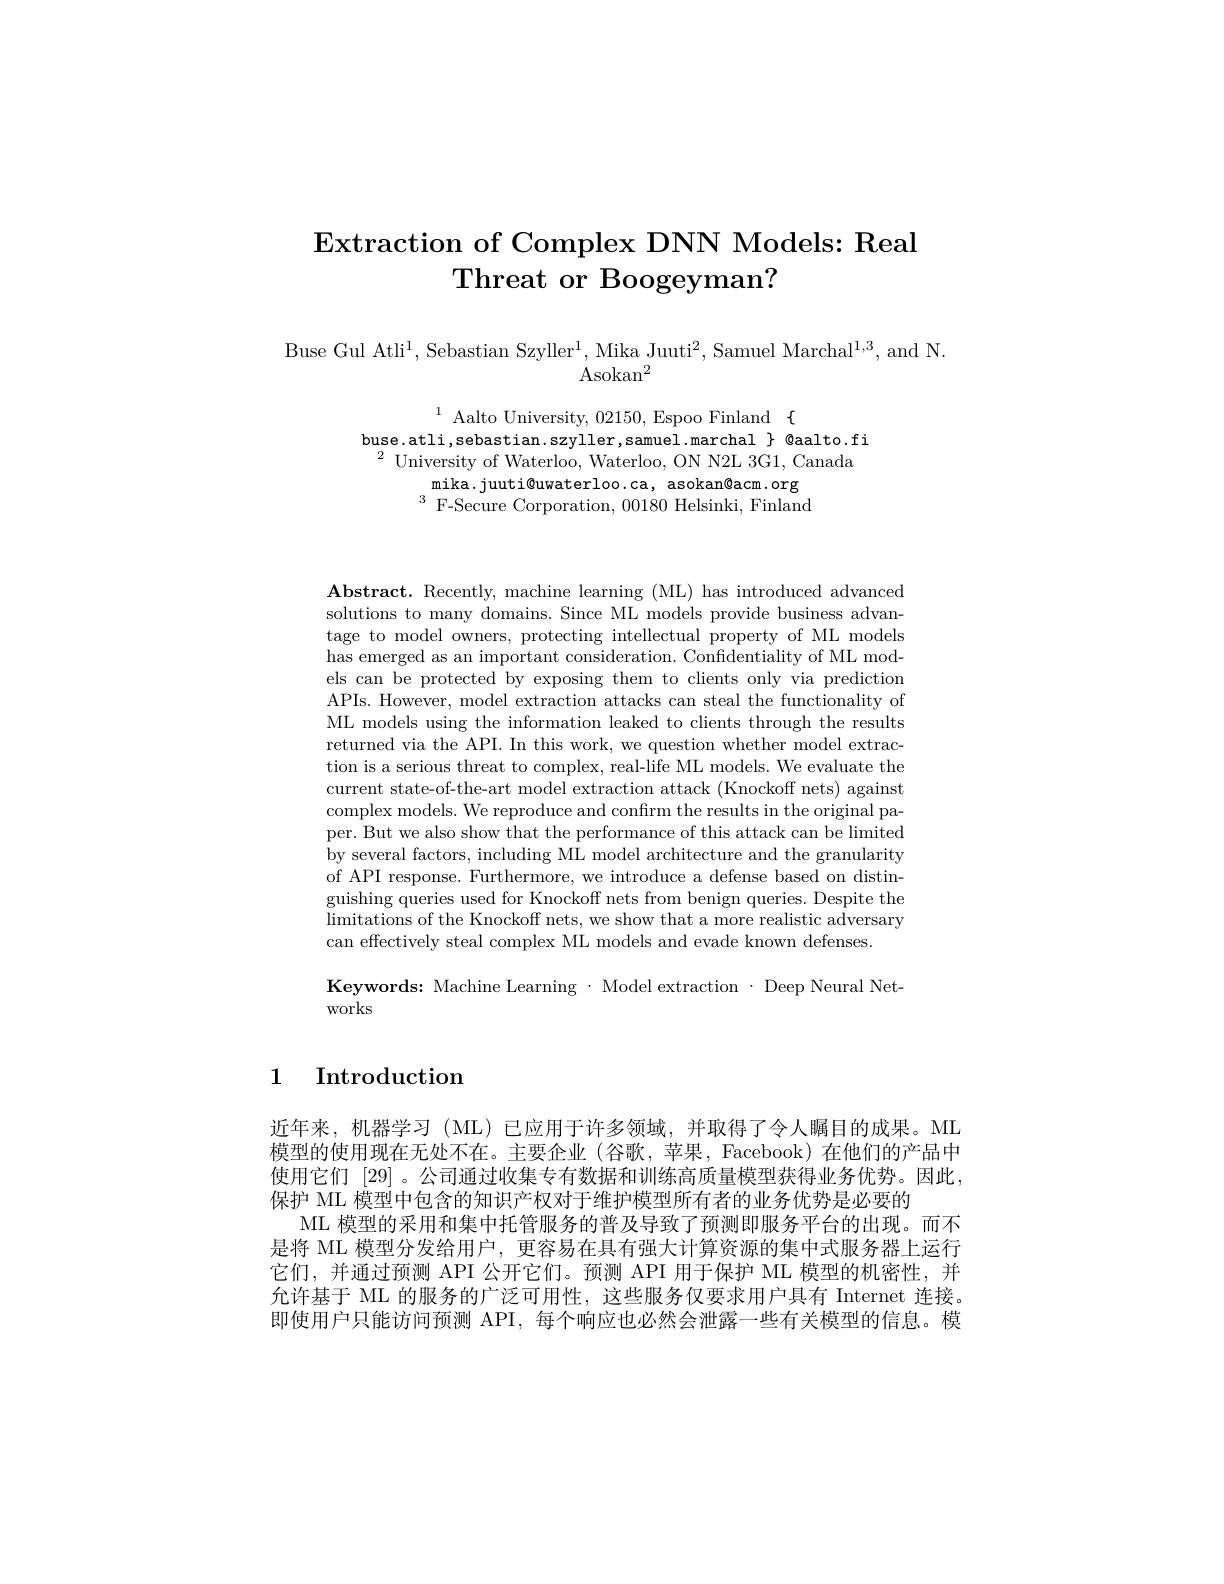
# $\textbf{Extraction of Complex DNN Models: Real}$ Threat or Boogeyman?

$\begin{array}{c}{\mathrm{Buse~Gul~Atli}^{1},\mathrm{Sebastian~Szyller}^{1},\mathrm{Mika~Juuti}^{2},\mathrm{Samuel~Marchal}^{1,3},\mathrm{and~N}.}\\{\mathrm{Asokan}^{2}}\end{array}$

$\begin{array}{c}{1}&{\mathrm{Aalto~University,~02150,~Espoo~Finland~\{}}\\{\mathrm{buse.atli,sebastian.szyller,samuel.marchal~\}~@aalto.fi}}\end{array}$ $^{2}$ University of Waterloo, Waterloo, ON N2L 3G1, Canada
mika.juuti@uwaterloo.ca, asokan@acm.org $^{3}$F-Secure Corporation, 00180 Helsinki, Finland

$\mathbf{Abstract.~Recently,~machine~learning~(ML)~has~introduced~advanced}$ solutions to many domains. Since ML models provide business advantage to model owners, protecting intellectual property of ML models has emerged as an important consideration. Confidentiality of ML models can be protected by exposing them to clients only via prediction APIs. However, model extraction attacks can steal the functionality of ML models using the information leaked to clients through the results returned via the API. In this work, we question whether model extraction is a serious threat to complex, real-life ML models. We evaluate the current state-of-the-art model extraction attack (Knockoff nets) against complex models. We reproduce and confirm the results in the original paper. But we also show that the performance of this attack can be limited by several factors, including ML model architecture and the granularity of API response. Furthermore, we introduce a defense based on distinguishing queries used for Knockoff nets from benign queries. Despite the $\operatorname*{limitations~of~the~Knockoff~nets,~we~show~that~a~more~realistic~adversary}$ can effectively steal complex ML models and evade known defenses.

Keywords: Machine Learning $\cdot$ Model extraction$\cdot$ Deep Neural Net-
works

# 1 Introduction

近年来，机器学习(ML)已应用于许多领域，并取得了令人瞩目的成果。ML 模型的使用现在无处不在。主要企业(谷歌，苹果，Facebook)在他们的产品中使用它们 [29] 。公司通过收集专有数据和训练高质量模型获得业务优势。因此， 保护 ML 模型中包含的知识产权对于维护模型所有者的业务优势是必要的
ML 模型的采用和集中托管服务的普及导致了预测即服务平台的出现。而不是将 ML 模型分发给用户，更容易在具有强大计算资源的集中式服务器上运行它们，并通过预测 API 公开它们。预测 API 用于保护 ML 模型的机密性，并允许基于 ML 的服务的广泛可用性，这些服务仅要求用户具有 Internet 连接。即使用户只能访问预测 API, 每个响应也必然会泄露一些有关模型的信息。模